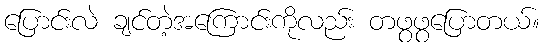
ပြောင်းလဲ ချင်တဲ့အကြောင်းကိုလည်း တဖွဖွပြောတယ်။